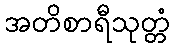
အတိစာရီသုတ္တံ